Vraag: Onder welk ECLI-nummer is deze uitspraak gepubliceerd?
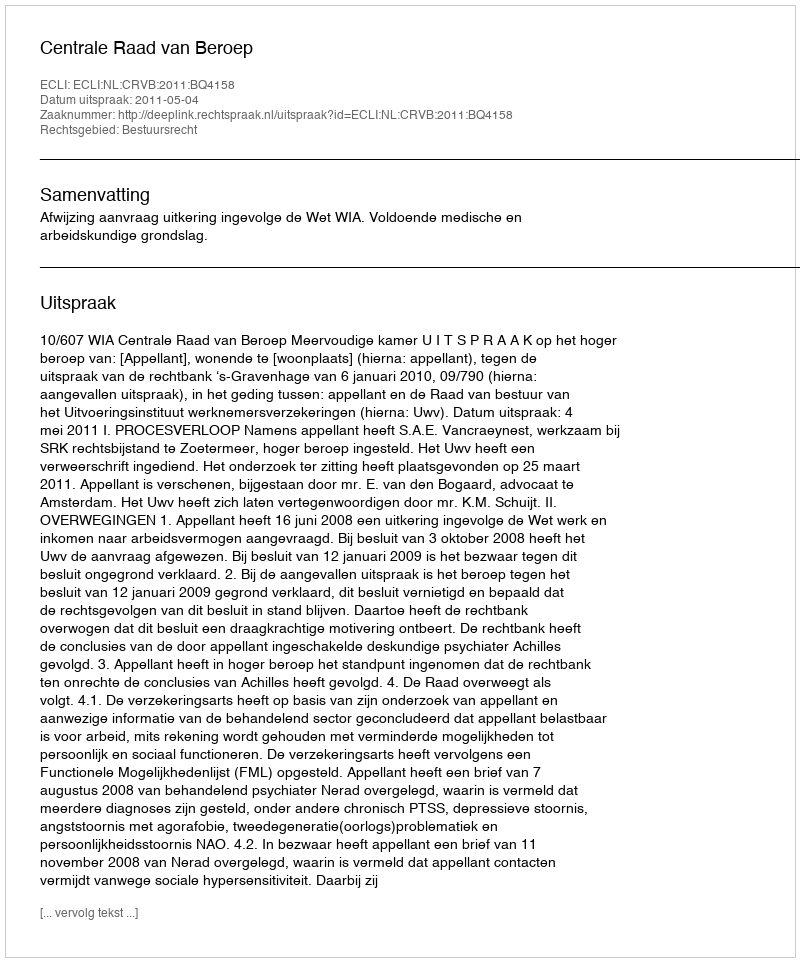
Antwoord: ECLI:NL:CRVB:2011:BQ4158